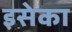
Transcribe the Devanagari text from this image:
इसेका